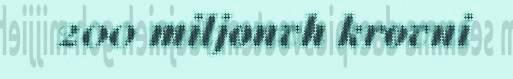
200 miljonvh krovni